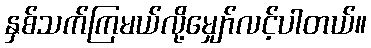
နှစ်သက်ကြမယ်လို့မျှော်လင့်ပါတယ်။